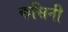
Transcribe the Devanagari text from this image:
कसिनी